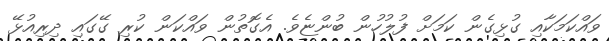
ވައްކަމަކާއި ގުޅިގެން ކަމަށް ފުލުހުން ބުންޏެވެ. އެގޮތުން ވައްކަން ކުރި ގޭގައި ދިރިއުޅޭ